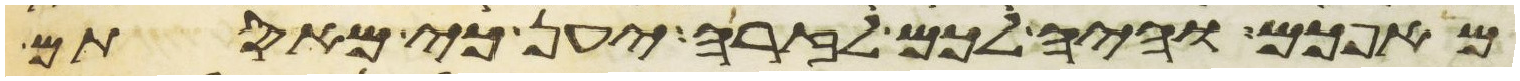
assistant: מאפכם והיה לכם לזרה יען כי מאסתם